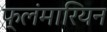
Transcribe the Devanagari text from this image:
फ्लंमारियन